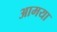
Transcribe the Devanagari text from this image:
आमया